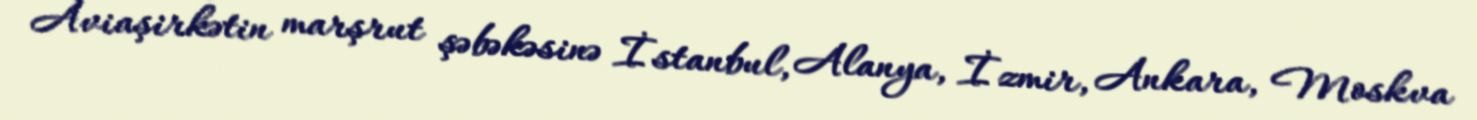
Aviaşirkətin marşrut şəbəkəsinə İstanbul, Alanya, İzmir, Ankara, Moskva